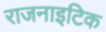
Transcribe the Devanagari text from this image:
राजनाइटिक